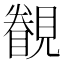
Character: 𲁏